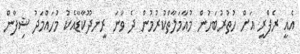
އެއީ ރެފްރީ އަށް ހުތުރުބަހުން މުއާމަލާތްކުރުމުން ދެ ވަނަ ރީނދޫކާޑާއެކު މުހައްމަދު ޝިފާން